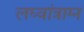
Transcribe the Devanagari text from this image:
लघ्वांत्राग्न